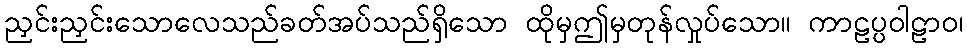
ညှင်းညှင်းသောလေသည်ခတ်အပ်သည်ရှိသော ထိုမှဤမှတုန်လှုပ်သော။ ကာဠပ္ပဝါဠာဝ၊